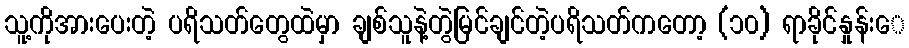
သူ့ကိုအားပေးတဲ့ ပရိသတ်တွေထဲမှာ ချစ်သူနဲ့တွဲမြင်ချင်တဲ့ပရိသတ်ကတော့ (၁၀) ရာခိုင်နှုန်းေ